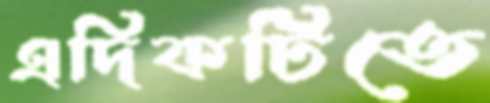
এদিকটিতে